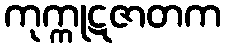
ကုက္ကုဋဇာတက